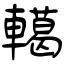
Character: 轕